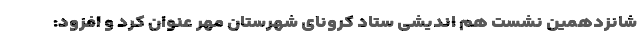
شانزدهمین نشست هم اندیشی ستاد کرونای شهرستان مهر عنوان کرد و افزود: